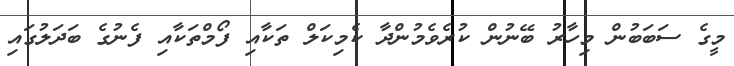
މީގެ ސަބަބުން މިހާރު ބޭނުން ކުރެވެމުންދާ ކެމިކަލް ތަކާއި ފޯމްތަކާއި ފެނުގެ ބަދަލުގައި